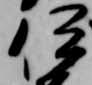
伊